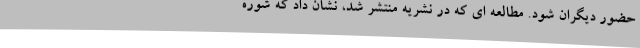
حضور دیگران شود. مطالعه ای که در نشریه منتشر شد، نشان داد که شوره